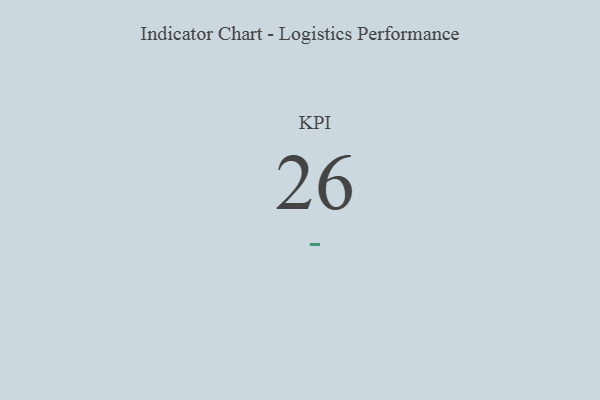
{"axis": {"x": "KPI", "y": "Value"}, "legend": [""], "data": [{"x": "KPI", "y": 26, "type": ""}]}